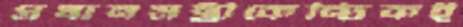
প্রধানমন্ত্রীকেন্দ্রিকই